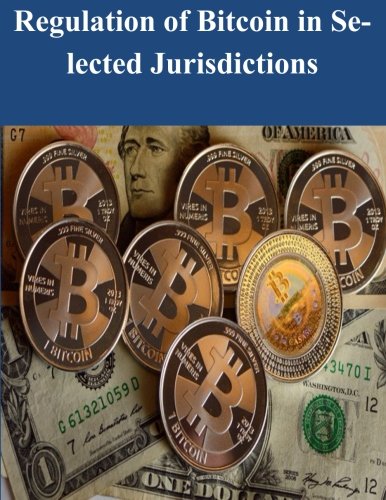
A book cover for Regulation of Bitcoin in Selected Jurisdictions; The Law Library of Congress; Computers & Technology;